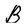
Character: B